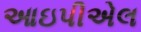
આઇપીએલ